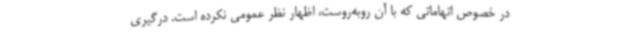
در خصوص اتهاماتی که با آن روبه‌روست، اظهار نظر عمومی نکرده است. درگیری